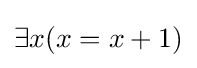
\exists x(x=x+1)